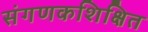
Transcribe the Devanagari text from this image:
संगणकशिक्षित